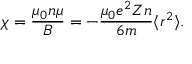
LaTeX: \chi = { \frac { \mu _ { 0 } n \mu } { B } } = - { \frac { \mu _ { 0 } e ^ { 2 } Z n } { 6 m } } \langle r ^ { 2 } \rangle .